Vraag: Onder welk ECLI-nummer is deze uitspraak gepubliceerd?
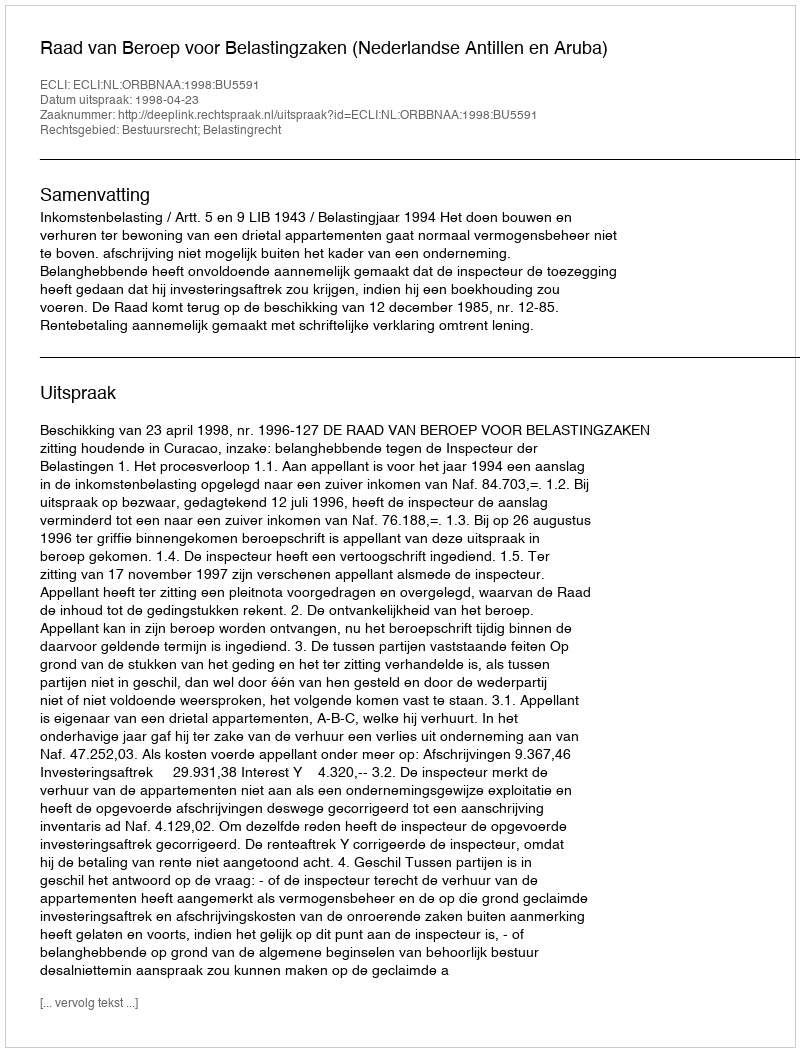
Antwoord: ECLI:NL:ORBBNAA:1998:BU5591